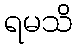
ရမသိ